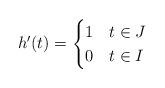
LaTeX: \begin{align*}h'(t) =\begin{cases}1 & t \in J \\0 & t \in I \\\end{cases}\end{align*}